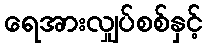
ရေအားလျှပ်စစ်နှင့်